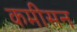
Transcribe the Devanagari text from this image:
कमीसन